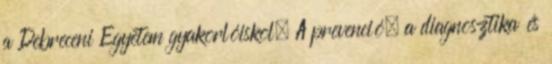
a Debreceni Egyetem gyakorlóiskol. A prevenció, a diagnosztika és